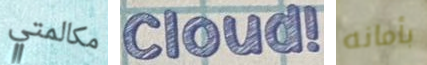
مكالمتي Cloud! بأمانه